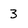
Character: 3